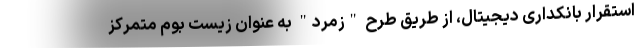
استقرار بانکداری دیجیتال، از طریق طرح "زمرد" به عنوان زیست بوم متمرکز